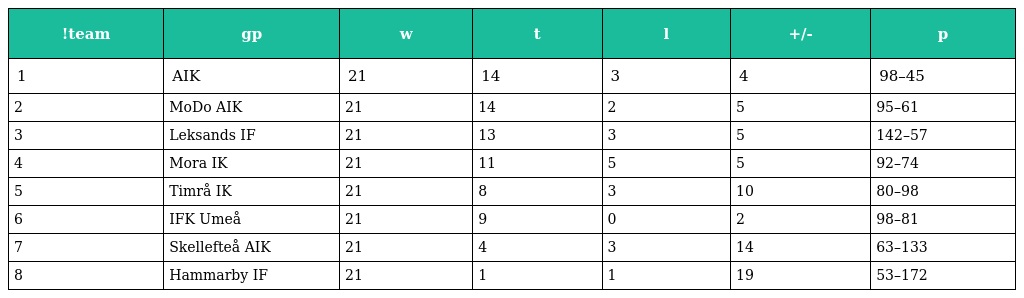
| !team | gp | w | t | l | +/- | p |
 | --- | --- | --- | --- | --- | --- | --- |
 | 1 | AIK | 21 | 14 | 3 | 4 | 98–45 |
 | 2 | MoDo AIK | 21 | 14 | 2 | 5 | 95–61 |
 | 3 | Leksands IF | 21 | 13 | 3 | 5 | 142–57 |
 | 4 | Mora IK | 21 | 11 | 5 | 5 | 92–74 |
 | 5 | Timrå IK | 21 | 8 | 3 | 10 | 80–98 |
 | 6 | IFK Umeå | 21 | 9 | 0 | 2 | 98–81 |
 | 7 | Skellefteå AIK | 21 | 4 | 3 | 14 | 63–133 |
 | 8 | Hammarby IF | 21 | 1 | 1 | 19 | 53–172 |